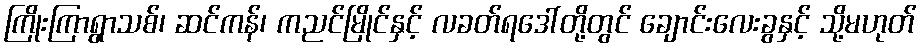
ကြိုးကြာရွာသစ်၊ ဆင်ကန်၊ ကညင်မြိုင်နှင့် လခတ်ရဒေါ်တို့တွင် ချောင်းလေးခွနှင့် သို့မဟုတ်